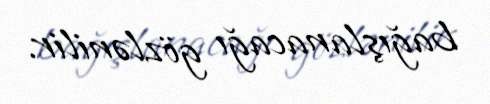
bağışlanacağı gözlənilir.